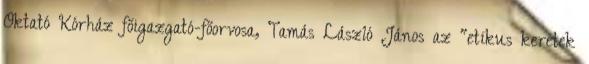
Oktató Kórház főigazgató-főorvosa, Tamás László János az "etikus keretek